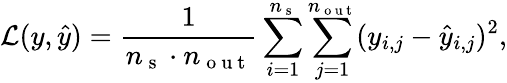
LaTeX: \mathcal{L}(y,\hat{y})=\frac{1}{n_{\mathrm{~s~}}\cdot n_{\mathrm{~o~u~t~}}}\sum_{i=1}^{n_{\mathrm{~s~}}}\sum_{j=1}^{n_{\mathrm{~o~u~t~}}}(y_{i,j}-\hat{y}_{i,j})^{2},